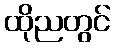
ထိုညတွင်